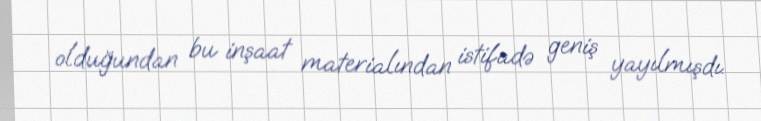
olduğundan bu inşaat materialından istifadə geniş yayılmışdı.